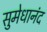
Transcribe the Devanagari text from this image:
सुमेधानंद